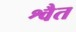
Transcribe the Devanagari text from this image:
श्वैत